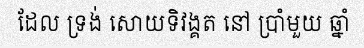
ដែល ទ្រង់ សោយទិវង្គត នៅ ប្រាំមួយ ឆ្នាំ